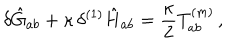
LaTeX: \delta \hat { G } _ { a b } + \kappa \, \delta ^ { ( 1 ) } \hat { H } _ { a b } = \frac { \kappa } { 2 } T _ { a b } ^ { ( m ) } \, ,